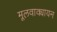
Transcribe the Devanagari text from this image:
मूलवाक्यायन